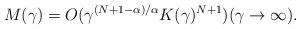
LaTeX: \begin{align*} M(\gamma) = O(\gamma^{(N+1-\alpha)/\alpha}K(\gamma)^{N+1}) (\gamma \to \infty). \end{align*}